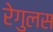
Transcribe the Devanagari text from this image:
रेगुलस